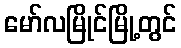
မော်လမြိုင်မြို့တွင်